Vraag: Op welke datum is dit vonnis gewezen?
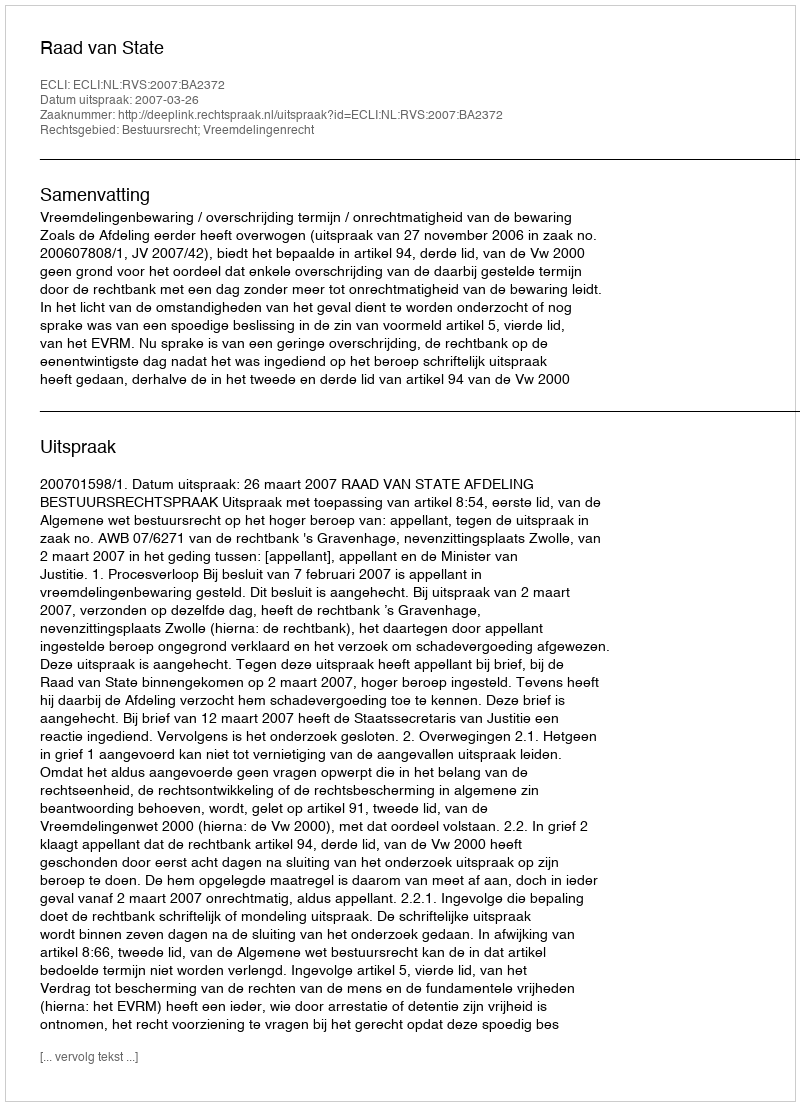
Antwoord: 2007-03-26